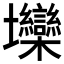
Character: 𱘞